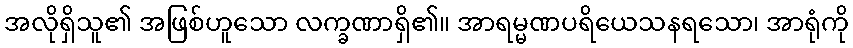
အလိုရှိသူ၏ အဖြစ်ဟူသော လက္ခဏာရှိ၏။ အာရမ္မဏပရိယေသနရသော၊ အာရုံကို